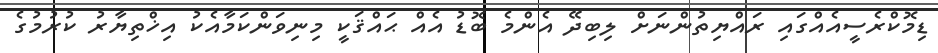
ޑިމޮކްރެެސީއެއްގައި ރައްޔިތުންނަށް ލިބިދޭ އެންމެ ބޮޑު އެއް ޙައްޤަކީ މިނިވަންކަމާއެކު އިޚްތިޔާރު ކުރުމުގެ